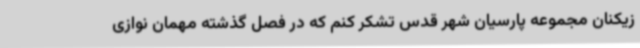
زیکنان مجموعه پارسیان شهر قدس تشکر کنم که در فصل گذشته مهمان نوازی